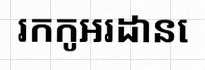
រកកូអរដោនេ